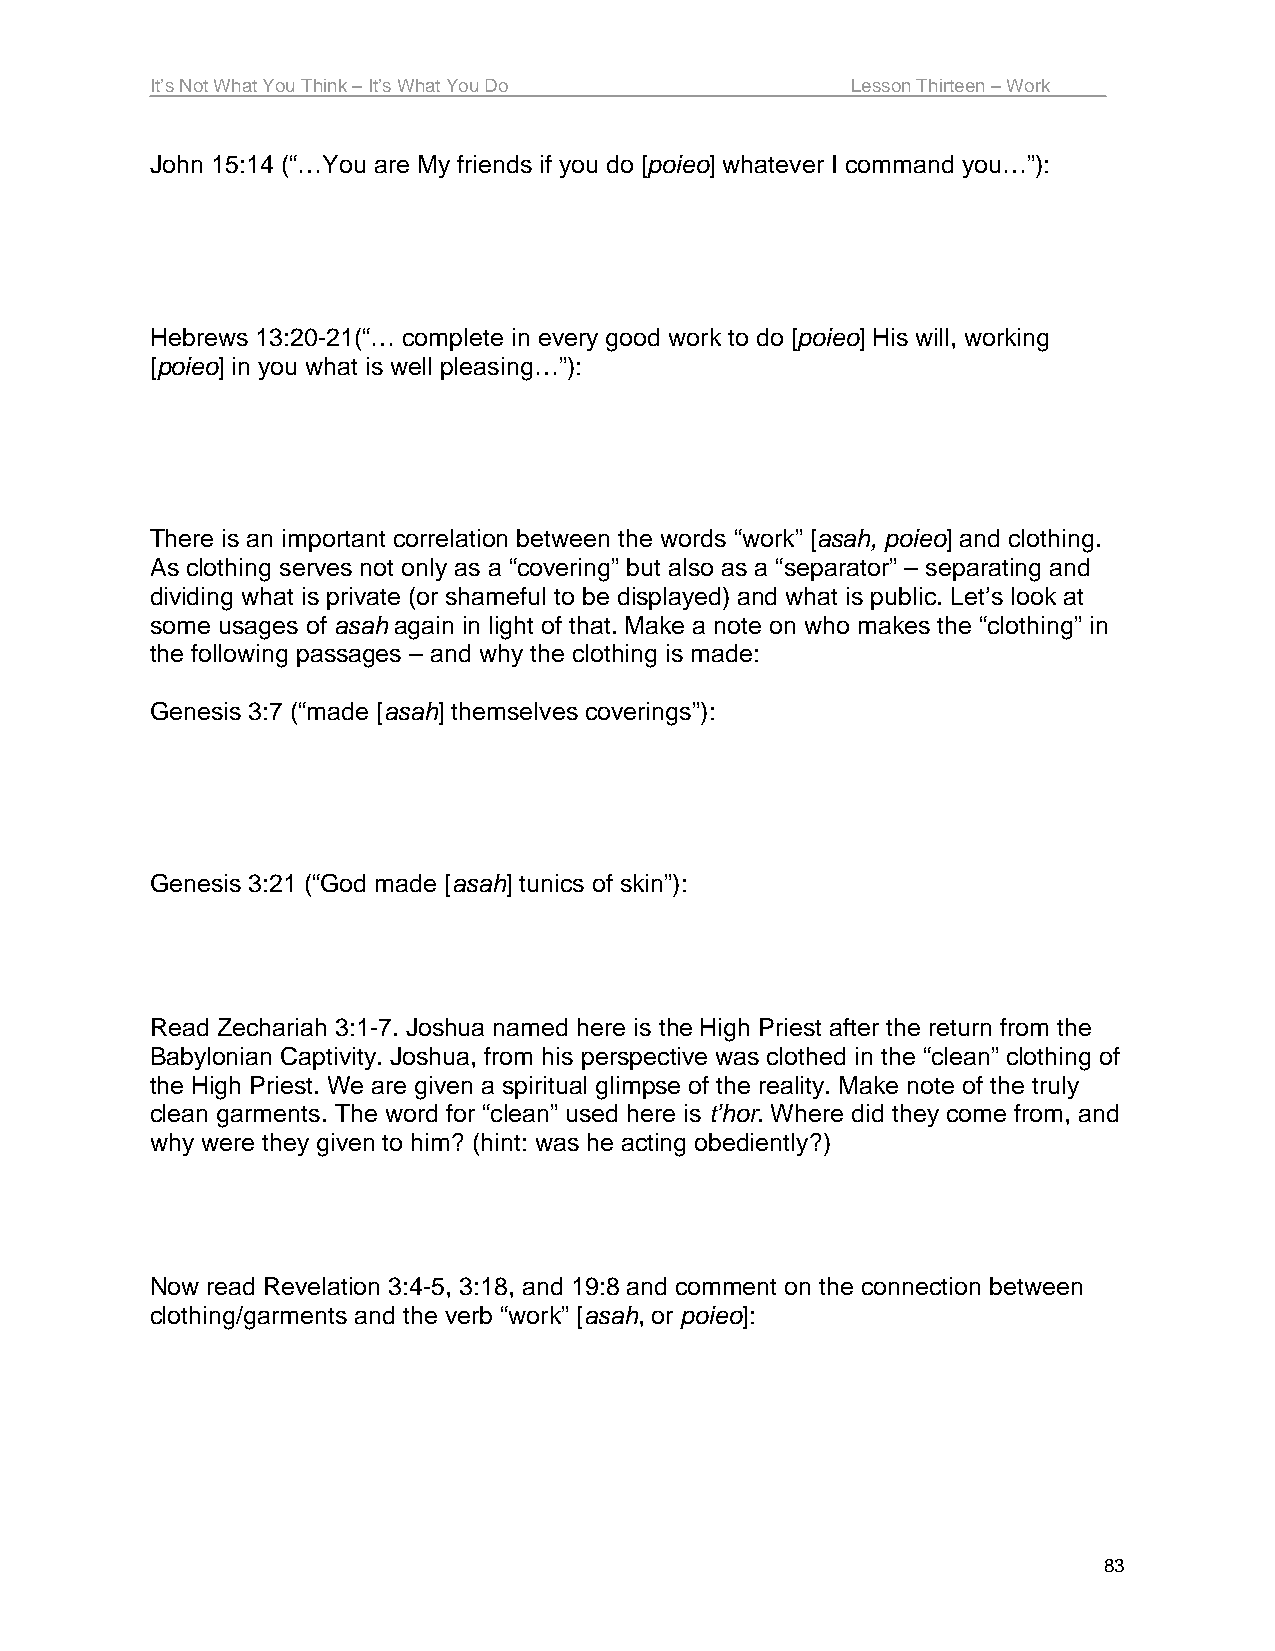
It’s Not What You Think – It’s What You Do    Lesson Thirteen – Work
 John 15:14 (“…You are My friends if you do [poieo] whatever I command you…”):
 Hebrews 13:20-21(“… complete in every good work to do [poieo] His will, working
 [poieo] in you what is well pleasing…”):
 There is an important correlation between the words “work” [asah, poieo] and clothing.
 As clothing serves not only as a “covering” but also as a “separator” – separating and
 dividing what is private (or shameful to be displayed) and what is public. Let’s look at
 some usages of asah again in light of that. Make a note on who makes the “clothing” in
 the following passages – and why the clothing is made:
 Genesis 3:7 (“made [asah] themselves coverings”):
 Genesis 3:21 (“God made [asah] tunics of skin”):
 Read Zechariah 3:1-7. Joshua named here is the High Priest after the return from the
 Babylonian Captivity. Joshua, from his perspective was clothed in the “clean” clothing of
 the High Priest. We are given a spiritual glimpse of the reality. Make note of the truly
 clean garments. The word for “clean” used here is t’hor. Where did they come from, and
 why were they given to him? (hint: was he acting obediently?)
 Now read Revelation 3:4-5, 3:18, and 19:8 and comment on the connection between
 clothing/garments and the verb “work” [asah, or poieo]:
 83